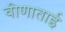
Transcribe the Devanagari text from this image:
वीणाताई